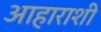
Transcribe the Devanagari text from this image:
आहाराशी